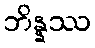
ဘိန္နဿ